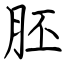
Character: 胚